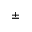
\pm